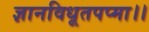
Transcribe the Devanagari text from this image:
ज्ञानविधूतपप्मा।।